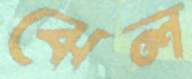
ঝেল